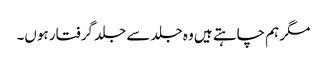
مگر ہم چاہتے ہیں وہ جلد سے جلد گرفتار ہوں۔